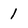
Character: 1